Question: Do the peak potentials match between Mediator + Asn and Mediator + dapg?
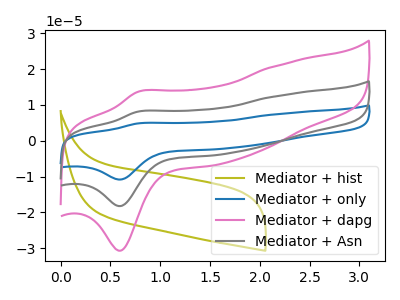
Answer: <think>The olive curve "Mediator + hist" has no peaks. The blue curve "Mediator + only" has an anodic peak at (0.80V, 16.25uA) and a cathodic peak at (0.60V, -36.50uA). The pink curve "Mediator + dapg" has an anodic peak at (0.80V, 13.65uA) and a cathodic peak at (0.60V, -30.70uA). The gray curve "Mediator + Asn" has an anodic peak at (0.80V, 8.10uA) and a cathodic peak at (0.60V, -18.25uA).</think>
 <answer>Yes, "Mediator + Asn" have a peak in "Mediator + dapg" at the same potential.</answer>
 <eval>match</eval>